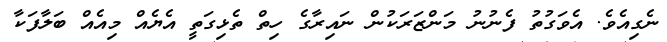
ނެގިއެވެ. އެވަގުތު ފެނުނު މަންޒަރަކުން ނައިރާގެ ހިތް ތެޅިގަތީ އެޔެއް މިއެއް ބަލާފަކާ